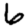
Digit: 6